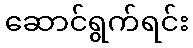
ဆောင်ရွက်ရင်း